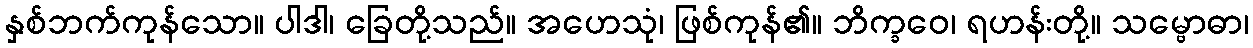
နှစ်ဘက်ကုန်သော။ ပါဒါ၊ ခြေတို့သည်။ အဟေသုံ၊ ဖြစ်ကုန်၏။ ဘိက္ခဝေ၊ ရဟန်းတို့။ သမ္ဗောဓာ၊